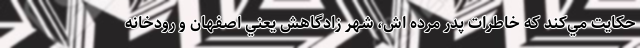
حکايت مي‌کند که خاطرات پدر مرده اش، شهر زادگاهش يعني اصفهان و رودخانه